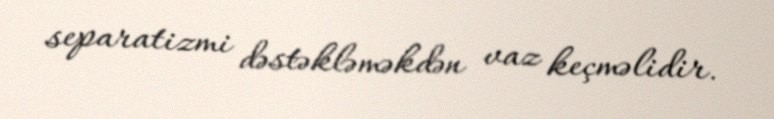
separatizmi dəstəkləməkdən vaz keçməlidir.